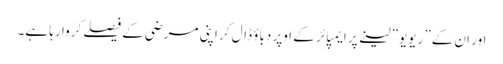
اور ان کے” ریویو” لینے پر ایمپائر کے اوپر دباؤ ڈال کر اپنی مرضی کے فیصلے کروا رہا ہے۔